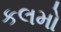
કલમો